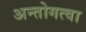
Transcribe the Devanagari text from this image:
अन्तोगत्वा